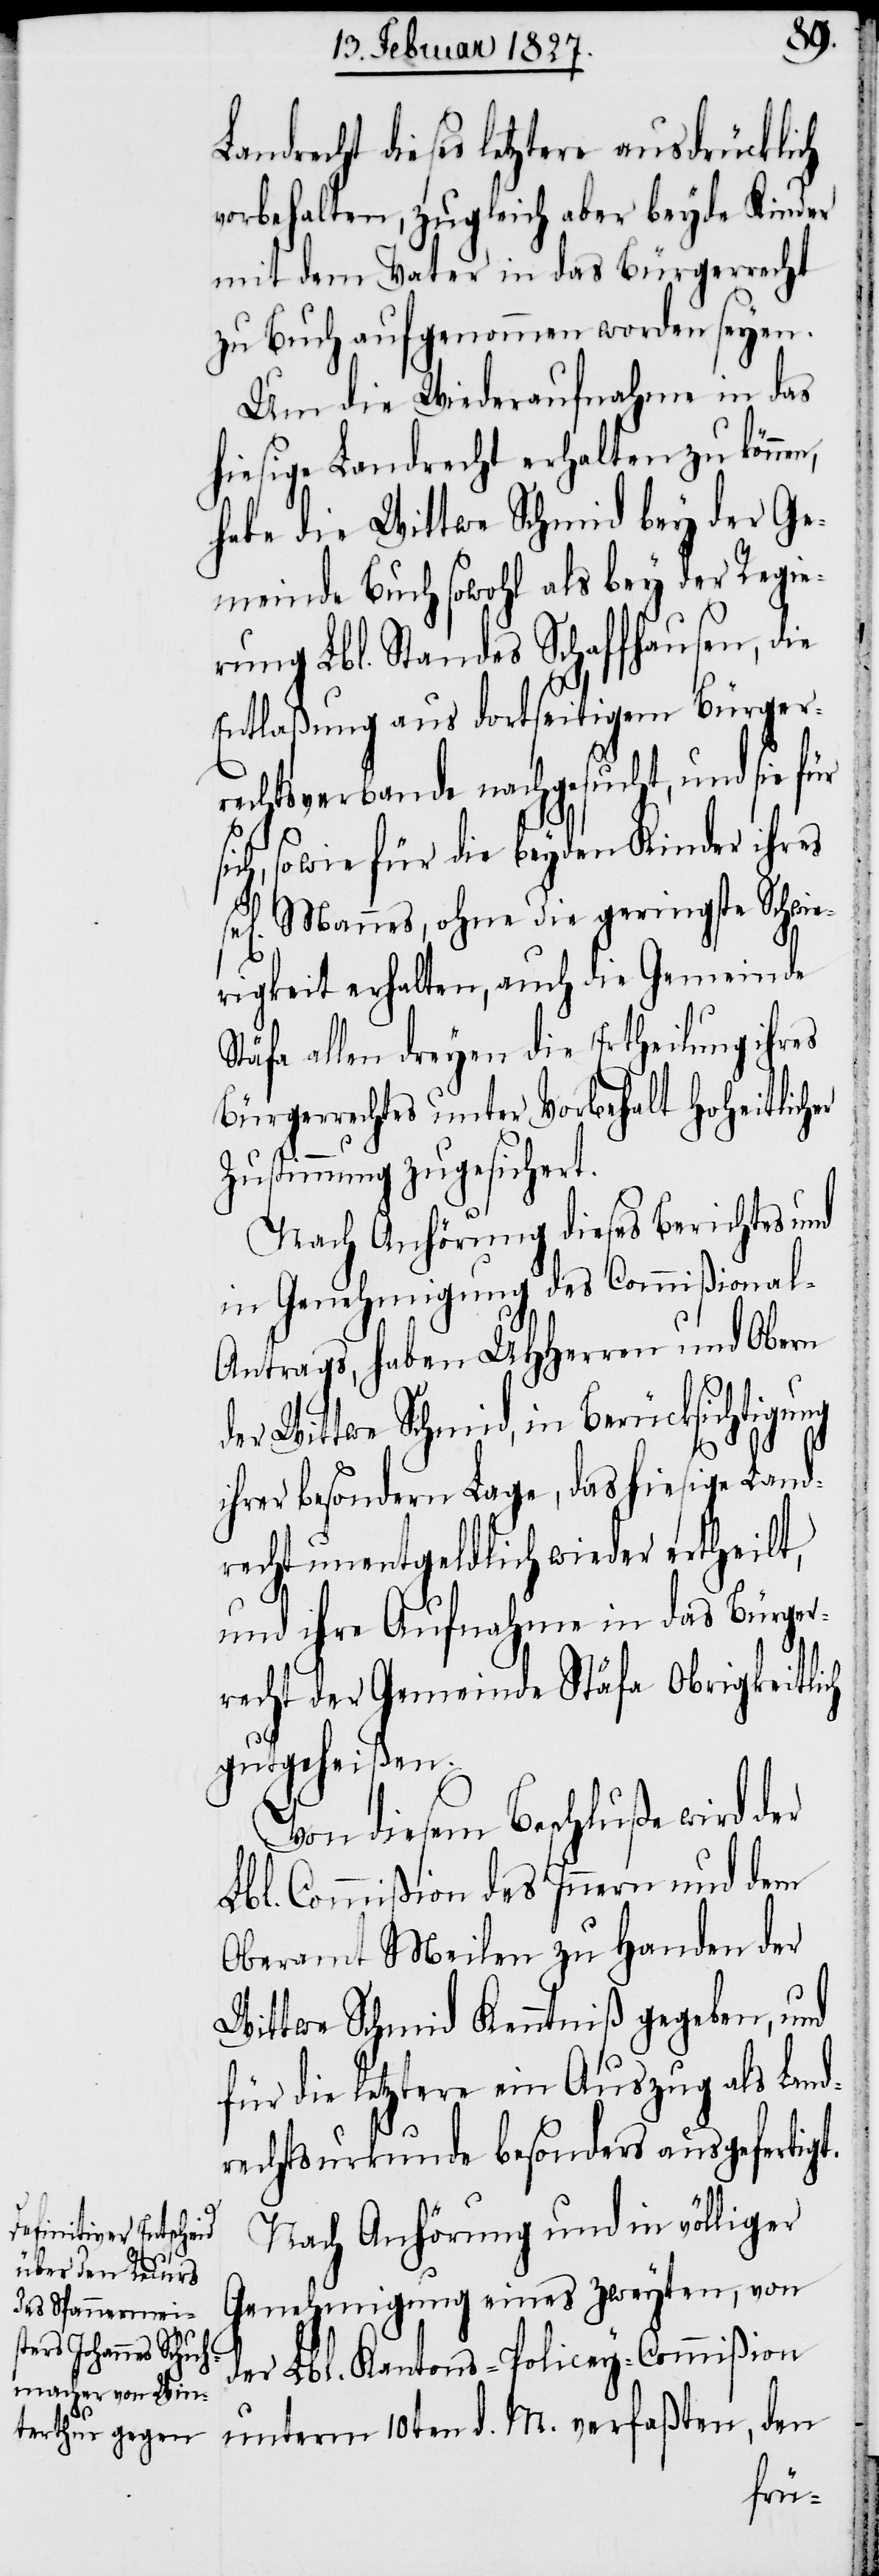
sel[i¬

Landrecht dieses letztere ausdrücklich
vorbehalten, zugleich aber beyde Kinder
mit dem Vater in das Bürgerrecht
zu Buch aufgenommen worden seyen.
Um die Wiederaufnahme in das
hiesige Landrecht erhalten zu könne¬
habe die Wittwe Schmid bey der Ge¬
meinde Buch sowohl als bey der Regie¬
rung Lbl. Standes Schaffhausen, die
Entlaßung aus dortseitigem Bürger¬
rechtsverbande nachgesucht, und sie für
sich, sowie für die beyden Kinder ihres
gen] Mannes, ohne die geringste Schwie¬
rigkeit erhalten, auch die Gemeinde
Stäfa allen dreyen die Ertheilung ihres
Bürgerrechtes unter Vorbehalt hoheitlicher
Zustimmung zugesichert.
Nach Anhörung dieses Berichtes und
in Genehmigung des Commißional-A¬
ntrags, haben UHHerren und Obern
der Wittwe Schmid, in Berücksichtigung
ihrer besondern Lage, das hiesige Land¬
recht unentgeldlich wieder ertheilt,
und ihre Aufnahme in das Bürger¬
recht der Gemeinde Stäfa Obrigkeitlich
gutgeheißen.
Von diesem Beschluße wird der
Lbl. Commißion des Innern und dem
Oberamt Meilen zu Handen der
Wittwe Schmid Kenntniß gegeben, und
für die letztere ein Auszug als Land¬
rechtsurkunde besonders ausgefertigt.
Nach Anhörung und in völliger
Genehmigung eines zweyten, von
der Lbl. Kantons-Policey-Commißion
unterm 10ten d. M. verfaßten, den